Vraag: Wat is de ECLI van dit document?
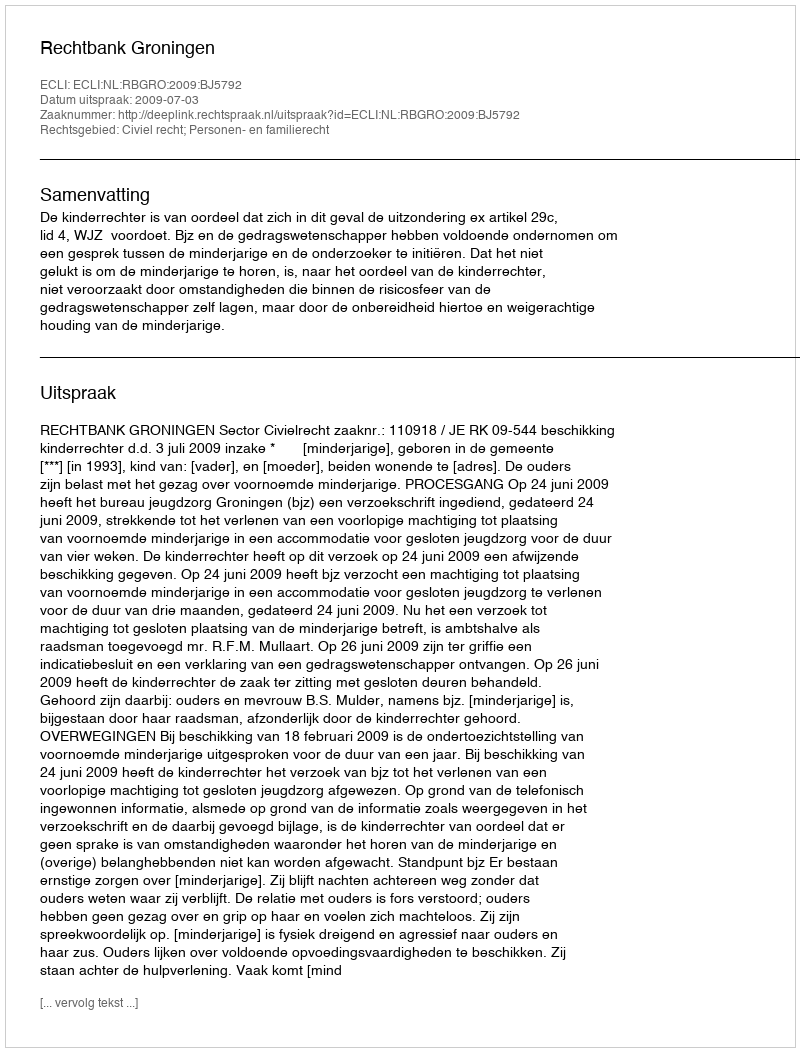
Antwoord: ECLI:NL:RBGRO:2009:BJ5792